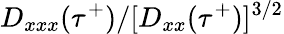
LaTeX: D_{xxx}(\tau^{+})/[D_{xx}(\tau^{+})]^{3/2}